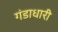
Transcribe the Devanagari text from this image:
गंडाधारी